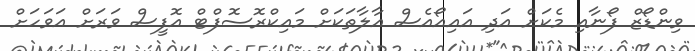
ވިންޑޯޒް ފޯނާއި މެކަށް އަދި އައިއޯއެސް އާލާތަކަށް މައިކްރޮސޮފްޓް އޮފީސް ވަރަށް އަވަހަށް